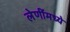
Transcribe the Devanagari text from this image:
लेणींमध्ये